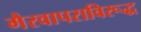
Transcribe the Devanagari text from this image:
गैरवापराविरूद्ध